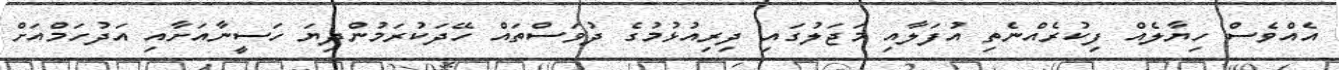
އެއްވެސް ހިޔާލެއް ފިކުރެއްނެތި އުފަލާއި މަޖަލުގައި ދިރިއުޅުމުގެ ދުވަސްތައް ހޭދަކުރަމުންދިޔަ ހަސީނާއަށާއި އަދުހަމްއަށް